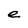
Character: e